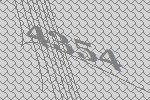
4354